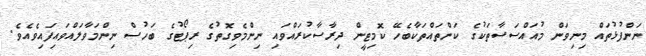
ނަންފުޅުތައް މިނިވަން މުއައްސަސާތަކުގެ ކަންތައްތަކާބެހޭ ކޮމިޓީން ދިރާސާކުރައްވައި ނިންމެވިގޮތުގެ ރިޕޯޓުގެ ބަހުސް ނިންމަވާލައްވައިފައިވެއެވެ.